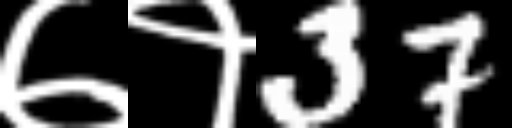
Text: ७१37